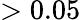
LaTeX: >0.05